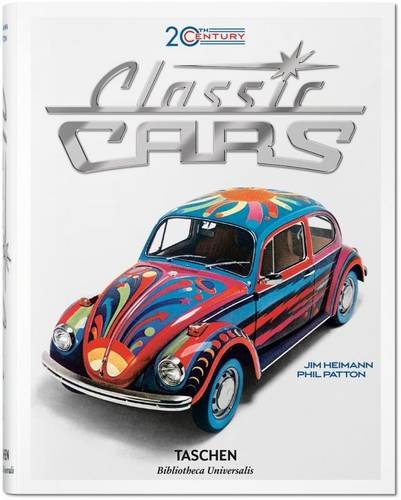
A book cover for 20th Century Classic Cars: 100 Years of Automotive Ads; Phil Patton; Engineering & Transportation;